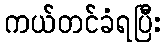
ကယ်တင်ခံရပြီး